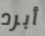
أبرد